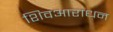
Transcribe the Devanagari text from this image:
शिवआराधन